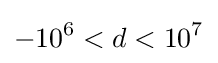
-10^{6}<d<10^{7}